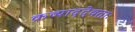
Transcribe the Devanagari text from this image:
क्रव्याददेवताः